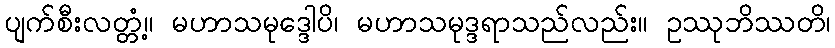
ပျက်စီးလတ္တံ့။ မဟာသမုဒ္ဒေါပိ၊ မဟာသမုဒ္ဒရာသည်လည်း။ ဥဿုဘိဿတိ၊